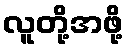
လူတို့အဖို့